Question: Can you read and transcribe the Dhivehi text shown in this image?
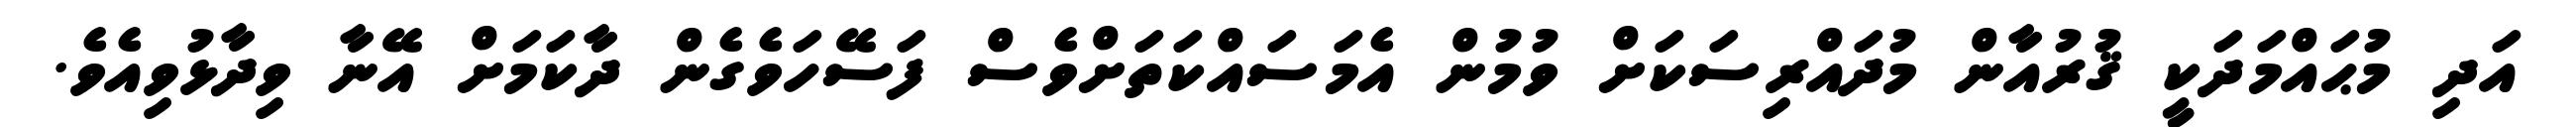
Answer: އަދި މުޙައްމަދަކީ ޤުރުއާން މުދައްރިސަކަށް ވުމުން އެމަސައްކަތަށްވެސް ފަސޭހަވެގެން ދާކަމަށް އޭނާ ވިދާޅުވިއެވެ.